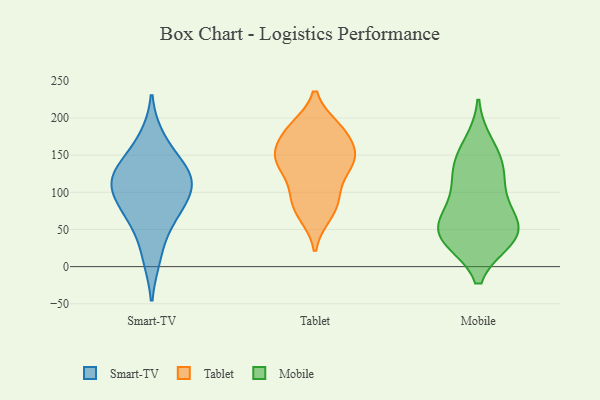
{"axis": {"x": "Customer Acquisition Cost (USD)", "y": "Value"}, "legend": ["Mobile", "Smart-TV", "Tablet"], "data": [{"x": "", "y": 99, "type": "Smart-TV"}, {"x": "", "y": 97, "type": "Smart-TV"}, {"x": "", "y": 172, "type": "Smart-TV"}, {"x": "", "y": 13, "type": "Smart-TV"}, {"x": "", "y": 123, "type": "Smart-TV"}, {"x": "", "y": 125, "type": "Smart-TV"}, {"x": "", "y": 66, "type": "Smart-TV"}, {"x": "", "y": 139, "type": "Smart-TV"}, {"x": "", "y": 66, "type": "Smart-TV"}, {"x": "", "y": 114, "type": "Smart-TV"}, {"x": "", "y": 86, "type": "Tablet"}, {"x": "", "y": 187, "type": "Tablet"}, {"x": "", "y": 160, "type": "Tablet"}, {"x": "", "y": 101, "type": "Tablet"}, {"x": "", "y": 138, "type": "Tablet"}, {"x": "", "y": 140, "type": "Tablet"}, {"x": "", "y": 148, "type": "Tablet"}, {"x": "", "y": 182, "type": "Tablet"}, {"x": "", "y": 151, "type": "Tablet"}, {"x": "", "y": 70, "type": "Tablet"}, {"x": "", "y": 137, "type": "Tablet"}, {"x": "", "y": 184, "type": "Tablet"}, {"x": "", "y": 100, "type": "Tablet"}, {"x": "", "y": 142, "type": "Tablet"}, {"x": "", "y": 186, "type": "Tablet"}, {"x": "", "y": 73, "type": "Tablet"}, {"x": "", "y": 37, "type": "Mobile"}, {"x": "", "y": 64, "type": "Mobile"}, {"x": "", "y": 119, "type": "Mobile"}, {"x": "", "y": 139, "type": "Mobile"}, {"x": "", "y": 45, "type": "Mobile"}, {"x": "", "y": 44, "type": "Mobile"}, {"x": "", "y": 98, "type": "Mobile"}, {"x": "", "y": 138, "type": "Mobile"}, {"x": "", "y": 38, "type": "Mobile"}, {"x": "", "y": 42, "type": "Mobile"}, {"x": "", "y": 165, "type": "Mobile"}, {"x": "", "y": 75, "type": "Mobile"}]}